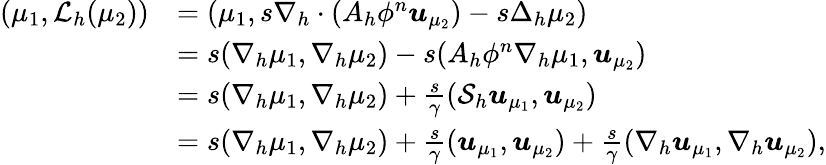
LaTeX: \begin{array}{rl}{(\mu_{1},\mathcal{L}_{h}(\mu_{2}))}&{=(\mu_{1},s\nabla_{h}\cdot(A_{h}\phi^{n}\boldsymbol{u}_{\mu_{2}})-s\Delta_{h}\mu_{2})}\\ &{=s(\nabla_{h}\mu_{1},\nabla_{h}\mu_{2})-s(A_{h}\phi^{n}\nabla_{h}\mu_{1},\boldsymbol{u}_{\mu_{2}})}\\ &{=s(\nabla_{h}\mu_{1},\nabla_{h}\mu_{2})+\frac{s}{\gamma}({\cal S}_{h}\boldsymbol{u}_{\mu_{1}},\boldsymbol{u}_{\mu_{2}})}\\ &{=s(\nabla_{h}\mu_{1},\nabla_{h}\mu_{2})+\frac{s}{\gamma}(\boldsymbol{u}_{\mu_{1}},\boldsymbol{u}_{\mu_{2}})+\frac{s}{\gamma}(\nabla_{h}\boldsymbol{u}_{\mu_{1}},\nabla_{h}\boldsymbol{u}_{\mu_{2}}),}\end{array}